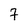
Character: 7